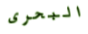
البحرى